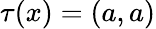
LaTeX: \tau(x)=(a,a)